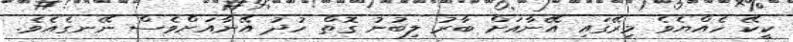
ކީކޭ ހެއްޔެވެ މިރޭގައި އޭނާއަށް ބާރު ލިބުނު ގޮތް ހުދު އޭނާއަށްވެސް ނޭނގެއެވެ.